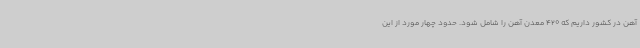
آهن در کشور داریم که 420 معدن آهن را شامل شود. حدود چهار مورد از این